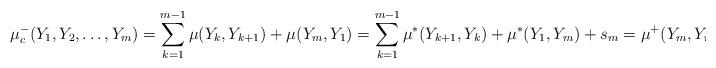
LaTeX: \begin{align*}\begin{aligned} \mu_c^{-}(Y_1,Y_2,\dots,Y_m)&=\sum\limits_{k=1}^{m-1} \mu(Y_k,Y_{k+1}) + \mu(Y_m,Y_1)=\sum\limits_{k=1}^{m-1} \mu^*(Y_{k+1},Y_{k}) + \mu^*(Y_1,Y_m)+s_m=\mu^{+}(Y_m,Y_{m-1},\dots,Y_1)+s_m,\end{aligned}\end{align*}